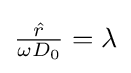
{\textstyle {\frac {\hat {r}}{\omega D_{0}}}=\lambda }